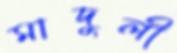
মাদুলী